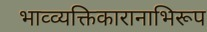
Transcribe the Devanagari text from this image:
भाव्व्यक्तिकारानाभिरूप